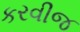
કરવીજ